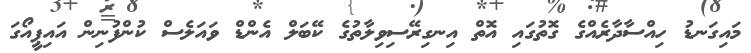
މައިގަނޑު ހިއްސާދާރެއްގެ ގޮތުގައި އޮތް އިނގިރޭސިވިލާތުގެ ކޭބަލް އެންޑް ވައަލެސް ކުންފުނިން އައިޕީއޯގަ